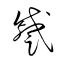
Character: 蹙